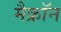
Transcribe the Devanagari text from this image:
मैक्रॉन